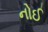
નોઈ